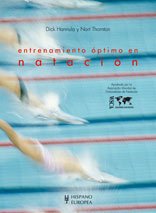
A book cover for Entrenamiento optimo en natacion/ The Swim Coaching Bible (Spanish Edition); Health, Fitness & Dieting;